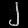
Digit: ၂